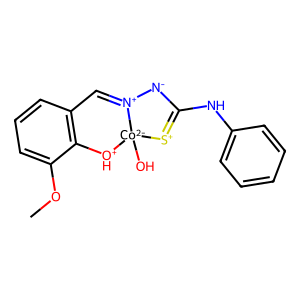
SMILES: COc1cccc2c1[OH+][Co-2]1(O)[S+]=C(Nc3ccccc3)[N-][N+]1=C2
Inhibits HIV replication: No